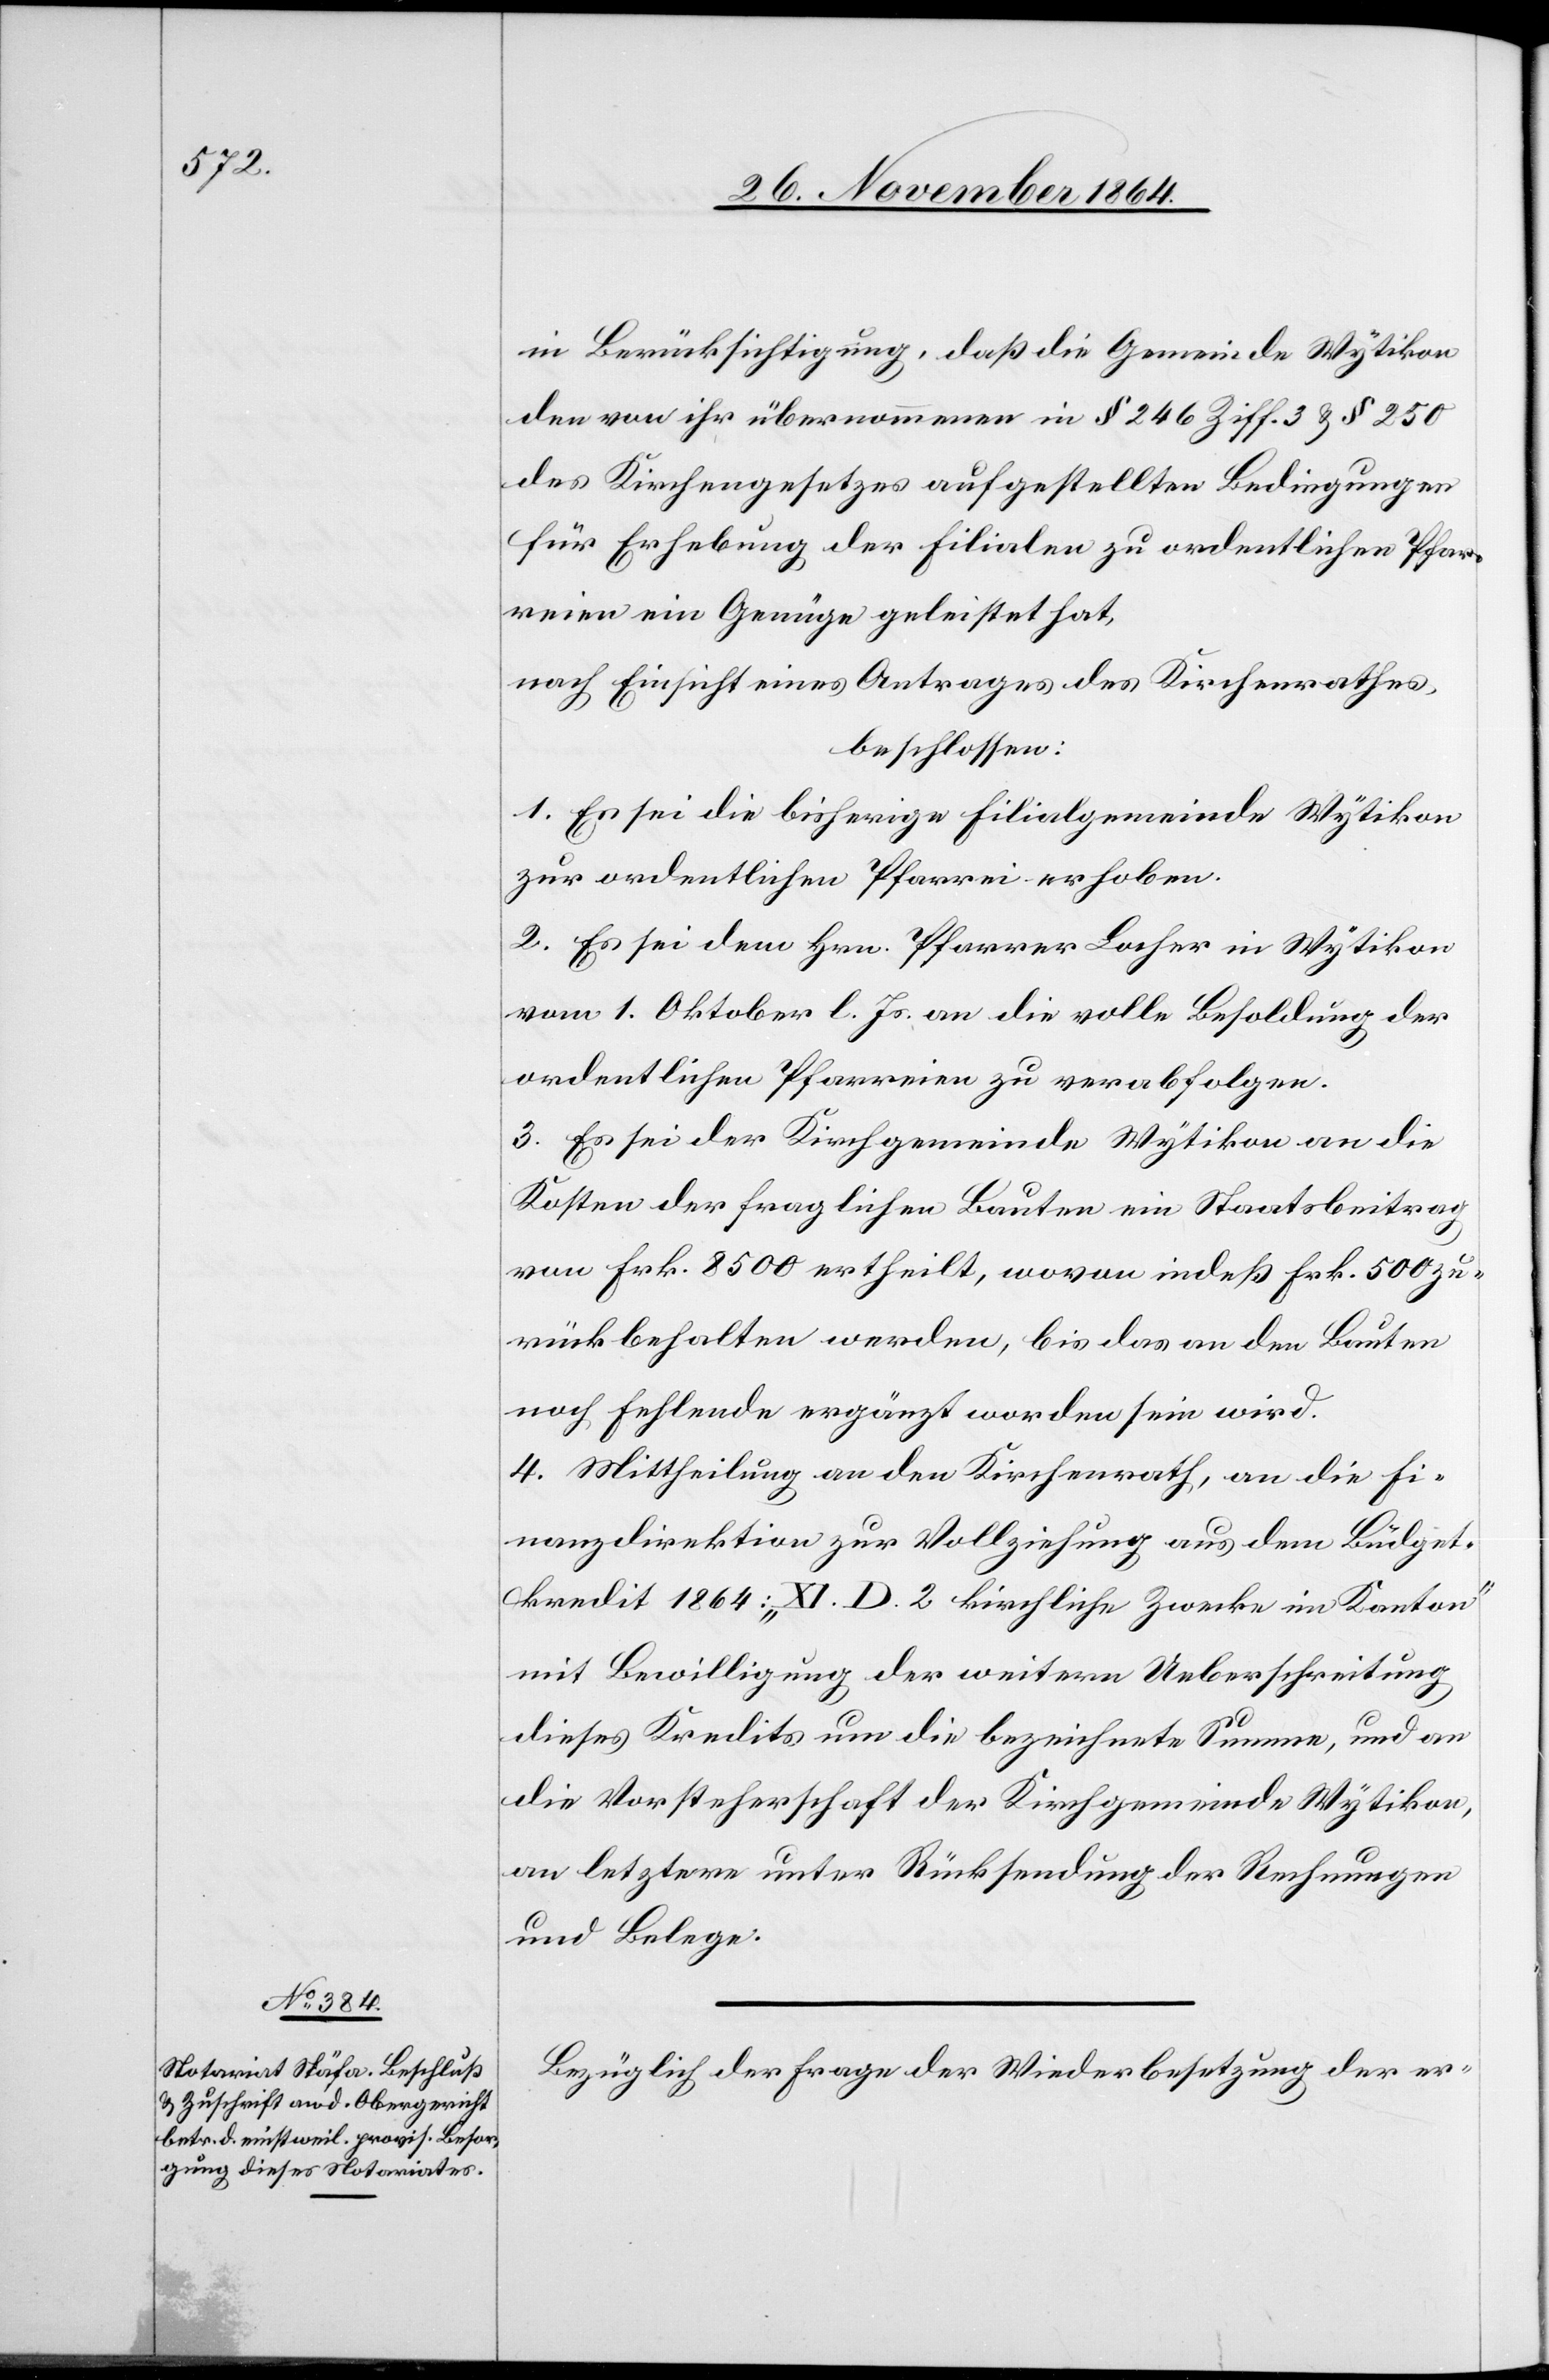
in Berücksichtigung, daß die Gemeinde Wytikon
den von ihr übernommenen in § 246 Ziff. 3 & § 250
des Kirchengesetzes aufgestellten Bedingungen
für Erhebung der Filialen zu ordentlichen Pfar¬
reien ein Genüge geleistet hat,
nach Einsicht eines Antrages des Kirchenrathes,
beschlossen:
1. Es sei die bisherige Filialgemeinde Wytikon
zur ordentlichen Pfarrei erhoben.
2. Es sei dem Hrn. Pfarrer Locher in Wytikon
vom 1. Oktober l. Js. an die volle Besoldung der
ordentlichen Pfarreien zu verabfolgen.
3. Es sei der Kirchgemeinde Wytikon an die
Kosten der fraglichen Bauten ein Staatsbeitrag
von Frk. 8500 ertheilt, wovon indeß Frk. 500 zu¬
rückbehalten werden, bis das an den Bauten
noch Fehlende ergänzt worden sein wird.
4. Mittheilung an den Kirchenrath, an die Fi¬
nanzdirektion zur Vollziehung aus dem Büdget¬
kredit 1864: „XI. D. 2 kirchliche Zwecke im Kanton“
mit Bewilligung der weitern Ueberschreitung
dieses Kredits um die bezeichnete Summe, und an
die Vorsteherschaft der Kirchgemeinde Wytikon,
an letztere unter Rücksendung der Rechnungen
und Belege.
Bezüglich der Frage der Wiederbesetzung der er-